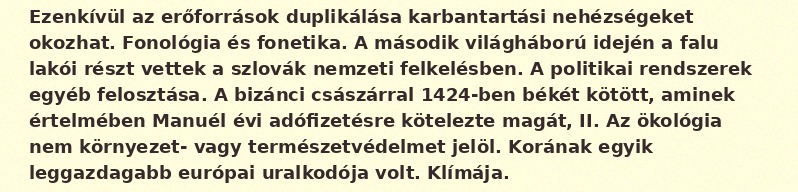
Ezenkívül az erőforrások duplikálása karbantartási nehézségeket okozhat. Fonológia és fonetika. A második világháború idején a falu lakói részt vettek a szlovák nemzeti felkelésben. A politikai rendszerek egyéb felosztása. A bizánci császárral 1424-ben békét kötött, aminek értelmében Manuél évi adófizetésre kötelezte magát, II. Az ökológia nem környezet- vagy természetvédelmet jelöl. Korának egyik leggazdagabb európai uralkodója volt. Klímája.